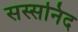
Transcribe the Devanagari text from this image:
सस्सनिद